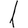
Digit: 1